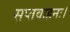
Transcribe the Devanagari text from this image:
सप्तवाहनः।